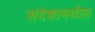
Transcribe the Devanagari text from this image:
संदेशामधील